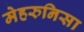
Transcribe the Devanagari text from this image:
मेहरुनिसा